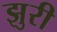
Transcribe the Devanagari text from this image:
झुरी